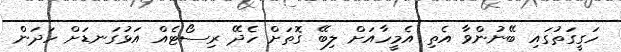
ހަގީގަތުގައި ބޭނުންވާ އެތި އެމީހާއަށް ލިބޭ ގޮތަށް ހެދޭ ރިސޯޓެއް އަޅުގަނޑަށް ހަދަން